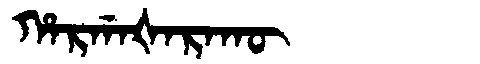
Manchu: ᡥᠠᡵᡤᠠᡧᠠᡵᠠᡴᡡ
Romanization: HARGAŠARAKŪ